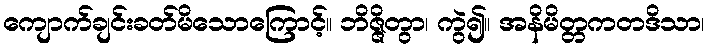
ကျောက်ချင်းခတ်မိသောကြောင့်။ ဘိဇ္ဇိတွာ၊ ကွဲ၍။ အနိမိတ္တကတဒိသာ၊